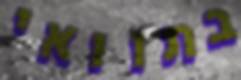
בתוואי